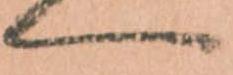
へ